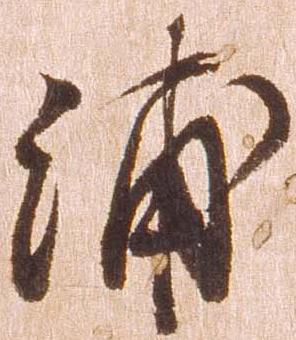
浦